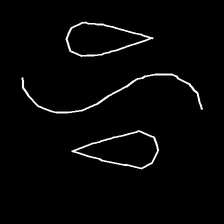
Glyph: water